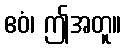
ဧဝံ၊ ဤအတူ။